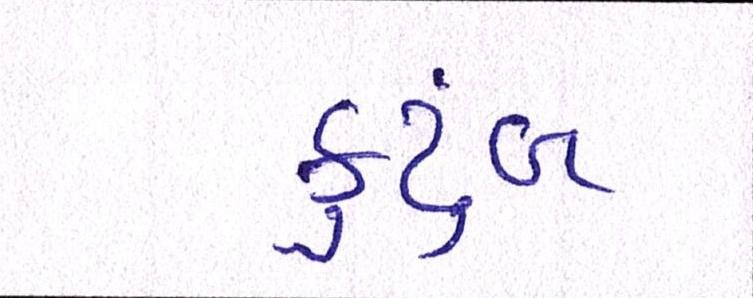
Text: કુટુંબ